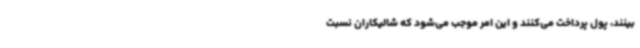
بینند، پول پرداخت می‌کنند و این امر موجب می‌شود که شالیکاران نسبت